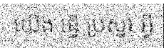
យើង ធ្វើ ប្រស្នា អ្វី